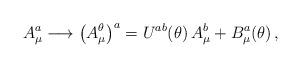
LaTeX: \begin{align*}A_\mu^a\longrightarrow\bigl(A_\mu^\theta\bigr)^a=U^{ab}(\theta)\,A_\mu^b+B_\mu^a(\theta)\,,\end{align*}